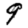
Digit: 9